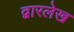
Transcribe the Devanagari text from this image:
द्वारलेख